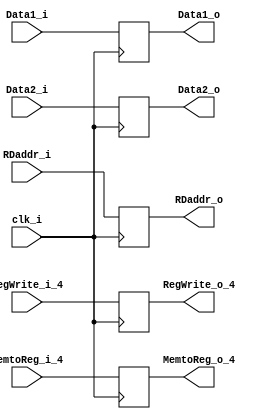
module Stage4(
	clk_i,
	RegWrite_i_4,
	MemtoReg_i_4,
	RegWrite_o_4,
	MemtoReg_o_4,
	Data1_i,
	Data1_o,
    Data2_i,
	Data2_o,
    RDaddr_i,
    RDaddr_o
);

input	      RegWrite_i_4,MemtoReg_i_4,clk_i;
output	      RegWrite_o_4,MemtoReg_o_4;
input  [31:0] Data1_i, Data2_i;
output [31:0] Data1_o, Data2_o;
input  [4:0]  RDaddr_i;
output [4:0]  RDaddr_o;

reg    		  RegWrite_o_4, MemtoReg_o_4;
reg    [31:0] Data1_o, Data2_o;
reg	   [4:0]  RDaddr_o;

always @(posedge clk_i) begin
	RegWrite_o_4 <= RegWrite_i_4;
	MemtoReg_o_4 <= MemtoReg_i_4;
	Data1_o <= Data1_i;
	Data2_o <= Data2_i;
	RDaddr_o <= RDaddr_i;
end

endmodule